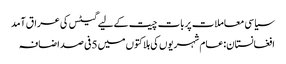
سیاسی معاملات پربات چیت کےلیے گیٹس کی عراق آمد
افغانستان:عام شہریوں کی ہلاکتوں میں 5فی صد اضافہ